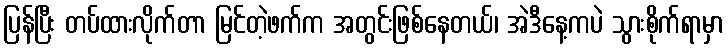
ပြန်ပြီး တပ်ထားလိုက်တာ မြင်တဲ့ဖက်က အတွင်းဖြစ်နေတယ်၊ အဲဒီနေ့ကပဲ သွားစိုက်ရာမှာ